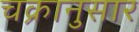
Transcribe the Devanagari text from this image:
चक्रानुसार